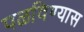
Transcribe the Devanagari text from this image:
पळविण्यास